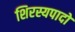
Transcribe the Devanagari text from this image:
शिरस्यपादों